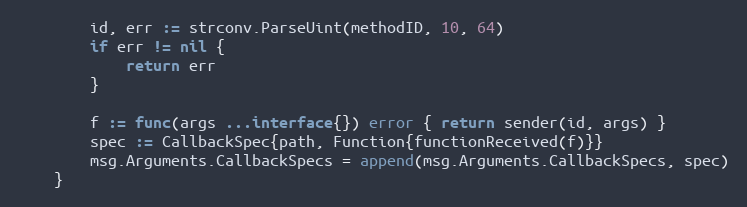
Language: Go
		id, err := strconv.ParseUint(methodID, 10, 64)
		if err != nil {
			return err
		}

		f := func(args ...interface{}) error { return sender(id, args) }
		spec := CallbackSpec{path, Function{functionReceived(f)}}
		msg.Arguments.CallbackSpecs = append(msg.Arguments.CallbackSpecs, spec)
	}